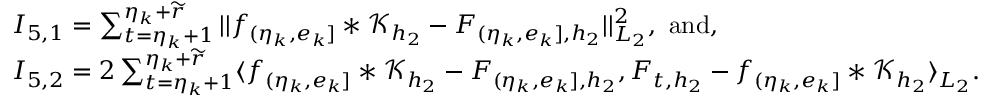
\begin{array} { r l } & { I _ { 5 , 1 } = \sum _ { t = \eta _ { k } + 1 } ^ { \eta _ { k } + \widetilde { r } } \vert \vert f _ { ( \eta _ { k } , e _ { k } ] } \ast \mathcal { K } _ { { h _ { 2 } } } - F _ { ( \eta _ { k } , e _ { k } ] , { h _ { 2 } } } \vert \vert _ { L _ { 2 } } ^ { 2 } , \ \mathrm { a n d } , } \\ & { I _ { 5 , 2 } = 2 \sum _ { t = \eta _ { k } + 1 } ^ { \eta _ { k } + \widetilde { r } } \langle f _ { ( \eta _ { k } , e _ { k } ] } \ast \mathcal { K } _ { { h _ { 2 } } } - F _ { ( \eta _ { k } , e _ { k } ] , { h _ { 2 } } } , F _ { t , { h _ { 2 } } } - f _ { ( \eta _ { k } , e _ { k } ] } \ast \mathcal { K } _ { { h _ { 2 } } } \rangle _ { L _ { 2 } } . } \end{array}